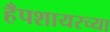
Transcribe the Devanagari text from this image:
हँपशायरच्या